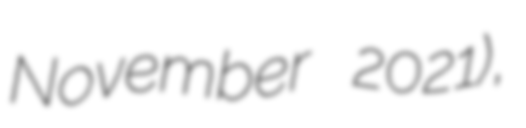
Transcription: November 2021),